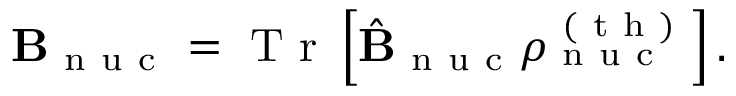
\mathbf { B } _ { \mathrm { ~ n ~ u ~ c ~ } } = \mathrm { ~ T ~ r ~ } \left[ \hat { \mathbf { B } } _ { \mathrm { ~ n ~ u ~ c ~ } } \rho _ { \mathrm { ~ n ~ u ~ c ~ } } ^ { \mathrm { ~ ( ~ t ~ h ~ ) ~ } } \right] .